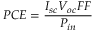
\displaystyle P C E = \frac { I _ { s c } V _ { o c } F F } { P _ { i n } }